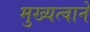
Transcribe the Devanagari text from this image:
मुख्यत्वाने